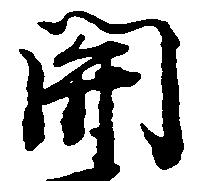
関